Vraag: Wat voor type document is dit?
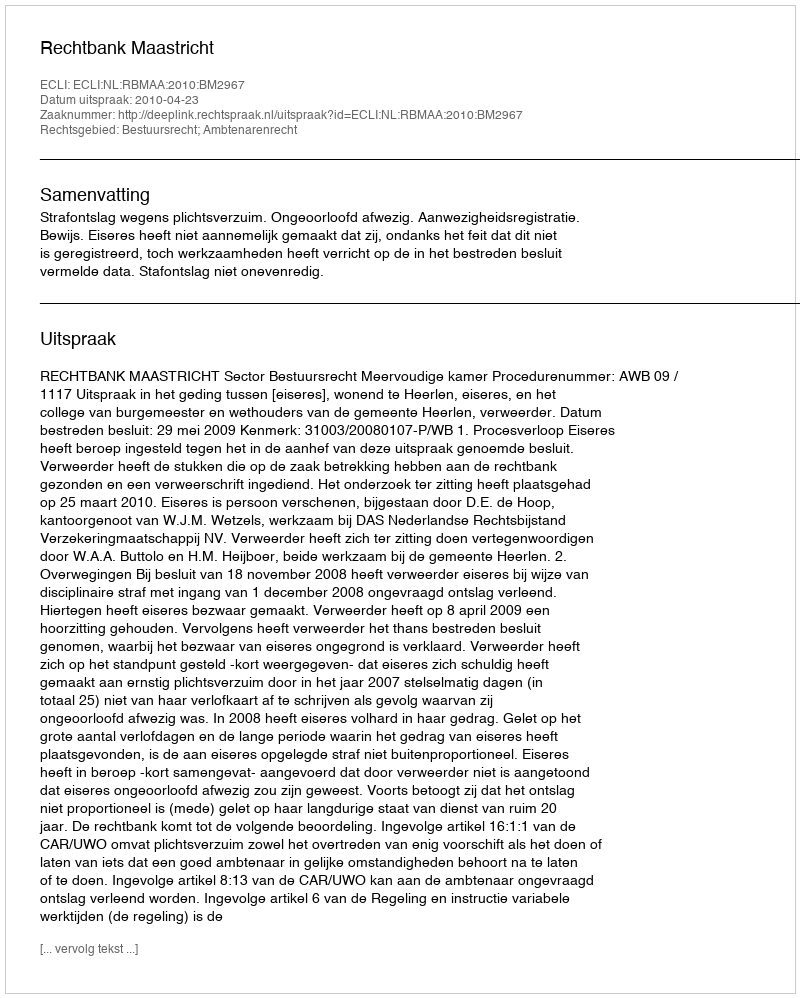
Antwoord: Uitspraak